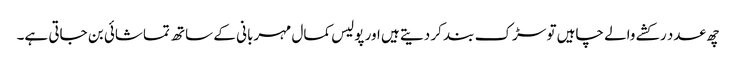
چھ عدد رکشے والے چاہیں تو سڑک بند کر دیتے ہیں اور پولیس کمال مہربانی کے ساتھ تماشائی بن جاتی ہے۔